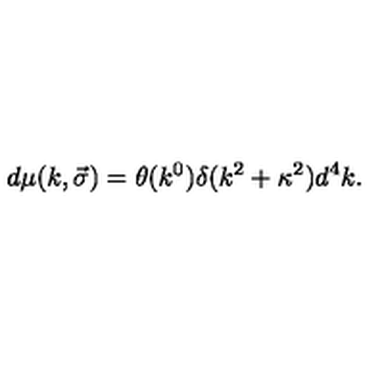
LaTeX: d \mu ( k , \vec { \sigma } ) = \theta ( k ^ { 0 } ) \delta ( k ^ { 2 } + \kappa ^ { 2 } ) d ^ { 4 } k .